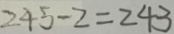
2 4 5 - 2 = 2 4 3